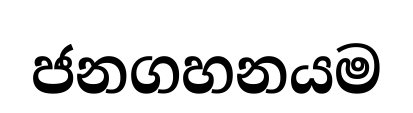
ජනගහනයම